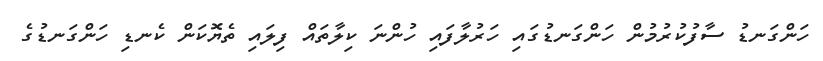
ހަންގަނޑު ސާފުކުރުމުން ހަންގަނޑުގައި ހަރުލާފައި ހުންނަ ކިލާތައް ފިލައި ތެޔޮކަން ކެނޑި ހަންގަނޑުގެ